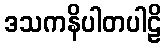
ဒသကနိပါတပါဠိ